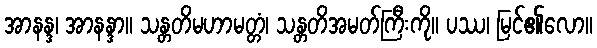
အာနန္ဒ၊ အာနန္ဒာ။ သန္တတိမဟာမတ္တံ၊ သန္တတိအမတ်ကြီးကို။ ပဿ၊ မြင်၏လော။